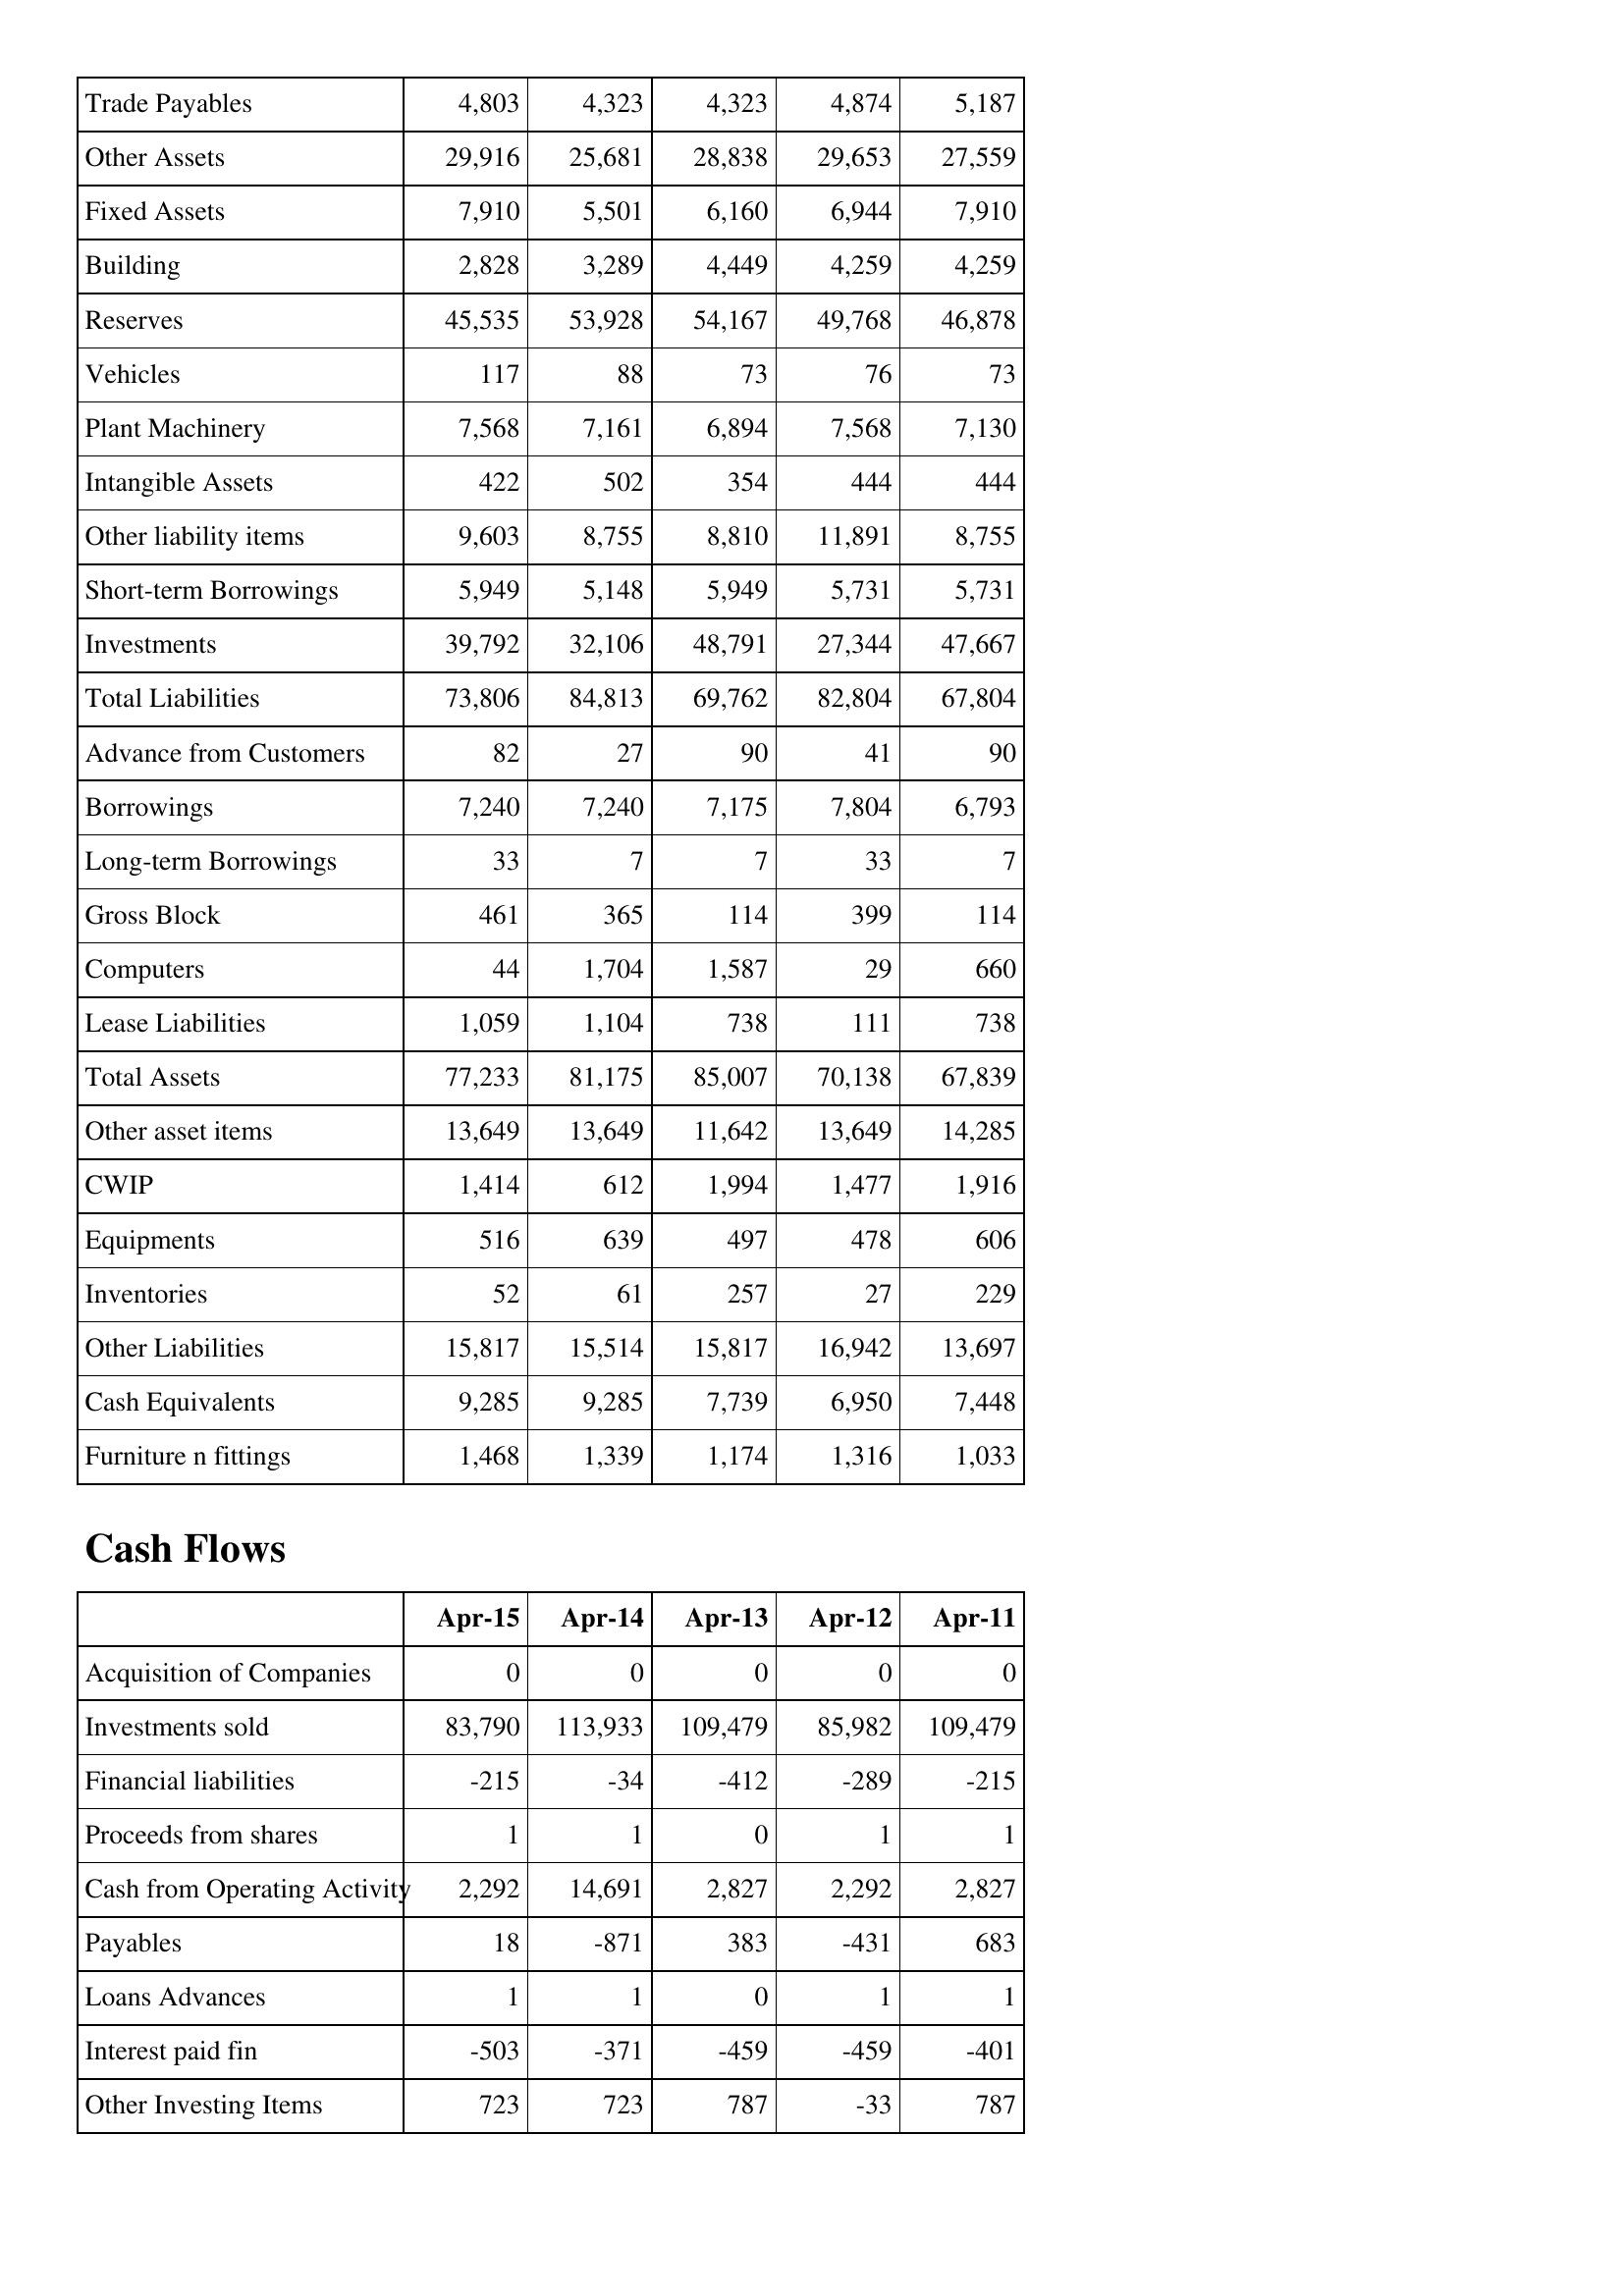
Apr-15: Balance Sheet: Trade Payables: 4,803
Other Assets: 29,916
Fixed Assets: 7,910
Building: 2,828
Reserves: 45,535
Vehicles: 117
Plant Machinery: 7,568
Intangible Assets: 422
Other liability items: 9,603
Short-term Borrowings: 5,949
Investments: 39,792
Total Liabilities: 73,806
Advance from Customers: 82
Borrowings: 7,240
Long-term Borrowings: 33
Gross Block: 461
Computers: 44
Lease Liabilities: 1,059
Total Assets: 77,233
Other asset items: 13,649
CWIP: 1,414
Equipments: 516
Inventories: 52
Other Liabilities: 15,817
Cash Equivalents: 9,285
Furniture n fittings: 1,468
Cash Flows: Acquisition of Companies: 0
Investments sold: 83,790
Financial liabilities: -215
Proceeds from shares: 1
Cash from Operating Activity: 2,292
Payables: 18
Loans Advances: 1
Interest paid fin: -503
Other Investing Items: 723
Apr-14: Balance Sheet: Trade Payables: 4,323
Other Assets: 25,681
Fixed Assets: 5,501
Building: 3,289
Reserves: 53,928
Vehicles: 88
Plant Machinery: 7,161
Intangible Assets: 502
Other liability items: 8,755
Short-term Borrowings: 5,148
Investments: 32,106
Total Liabilities: 84,813
Advance from Customers: 27
Borrowings: 7,240
Long-term Borrowings: 7
Gross Block: 365
Computers: 1,704
Lease Liabilities: 1,104
Total Assets: 81,175
Other asset items: 13,649
CWIP: 612
Equipments: 639
Inventories: 61
Other Liabilities: 15,514
Cash Equivalents: 9,285
Furniture n fittings: 1,339
Cash Flows: Acquisition of Companies: 0
Investments sold: 113,933
Financial liabilities: -34
Proceeds from shares: 1
Cash from Operating Activity: 14,691
Payables: -871
Loans Advances: 1
Interest paid fin: -371
Other Investing Items: 723
Apr-13: Balance Sheet: Trade Payables: 4,323
Other Assets: 28,838
Fixed Assets: 6,160
Building: 4,449
Reserves: 54,167
Vehicles: 73
Plant Machinery: 6,894
Intangible Assets: 354
Other liability items: 8,810
Short-term Borrowings: 5,949
Investments: 48,791
Total Liabilities: 69,762
Advance from Customers: 90
Borrowings: 7,175
Long-term Borrowings: 7
Gross Block: 114
Computers: 1,587
Lease Liabilities: 738
Total Assets: 85,007
Other asset items: 11,642
CWIP: 1,994
Equipments: 497
Inventories: 257
Other Liabilities: 15,817
Cash Equivalents: 7,739
Furniture n fittings: 1,174
Cash Flows: Acquisition of Companies: 0
Investments sold: 109,479
Financial liabilities: -412
Proceeds from shares: 0
Cash from Operating Activity: 2,827
Payables: 383
Loans Advances: 0
Interest paid fin: -459
Other Investing Items: 787
Apr-12: Balance Sheet: Trade Payables: 4,874
Other Assets: 29,653
Fixed Assets: 6,944
Building: 4,259
Reserves: 49,768
Vehicles: 76
Plant Machinery: 7,568
Intangible Assets: 444
Other liability items: 11,891
Short-term Borrowings: 5,731
Investments: 27,344
Total Liabilities: 82,804
Advance from Customers: 41
Borrowings: 7,804
Long-term Borrowings: 33
Gross Block: 399
Computers: 29
Lease Liabilities: 111
Total Assets: 70,138
Other asset items: 13,649
CWIP: 1,477
Equipments: 478
Inventories: 27
Other Liabilities: 16,942
Cash Equivalents: 6,950
Furniture n fittings: 1,316
Cash Flows: Acquisition of Companies: 0
Investments sold: 85,982
Financial liabilities: -289
Proceeds from shares: 1
Cash from Operating Activity: 2,292
Payables: -431
Loans Advances: 1
Interest paid fin: -459
Other Investing Items: -33
Apr-11: Balance Sheet: Trade Payables: 5,187
Other Assets: 27,559
Fixed Assets: 7,910
Building: 4,259
Reserves: 46,878
Vehicles: 73
Plant Machinery: 7,130
Intangible Assets: 444
Other liability items: 8,755
Short-term Borrowings: 5,731
Investments: 47,667
Total Liabilities: 67,804
Advance from Customers: 90
Borrowings: 6,793
Long-term Borrowings: 7
Gross Block: 114
Computers: 660
Lease Liabilities: 738
Total Assets: 67,839
Other asset items: 14,285
CWIP: 1,916
Equipments: 606
Inventories: 229
Other Liabilities: 13,697
Cash Equivalents: 7,448
Furniture n fittings: 1,033
Cash Flows: Acquisition of Companies: 0
Investments sold: 109,479
Financial liabilities: -215
Proceeds from shares: 1
Cash from Operating Activity: 2,827
Payables: 683
Loans Advances: 1
Interest paid fin: -401
Other Investing Items: 787